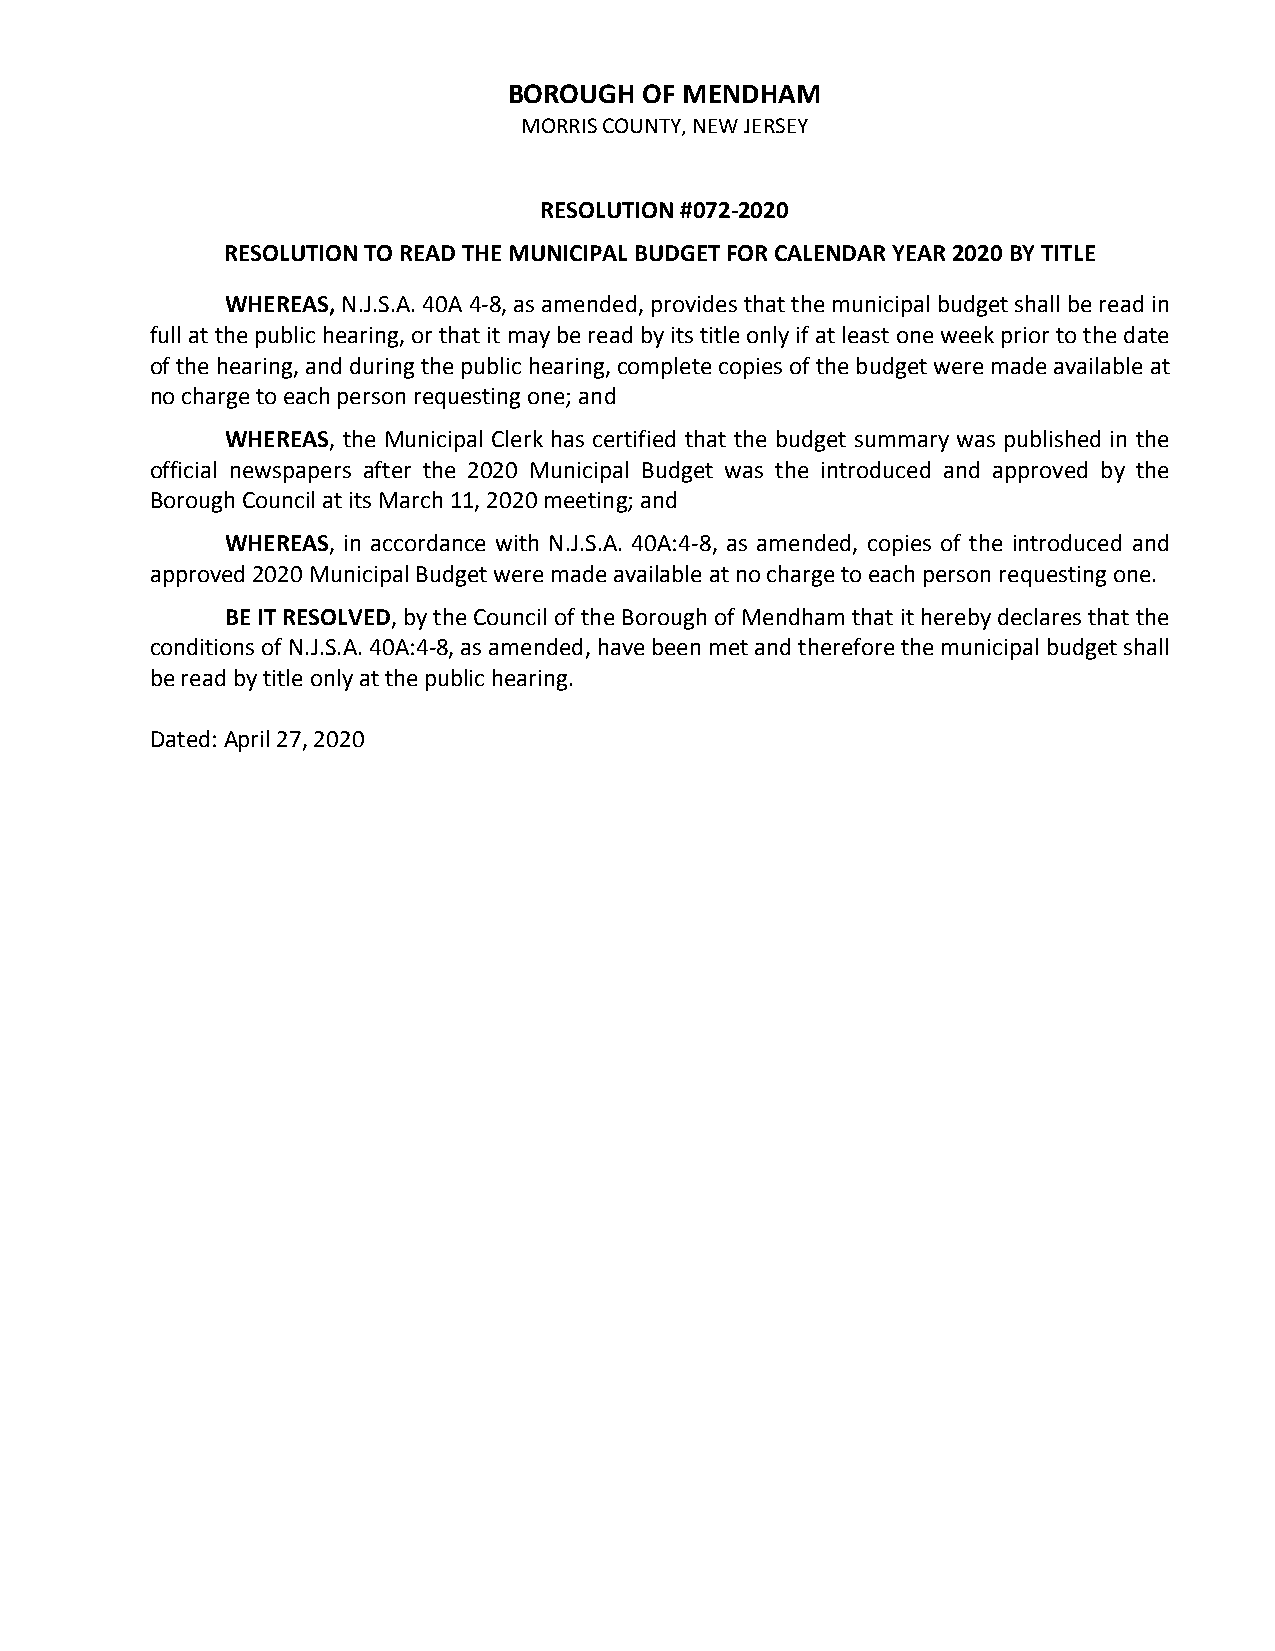
BOROUGH  OF MENDHAM
 MORRIS COUNTY, NEW JERSEY
 RESOLUTION #072-2020
 RESOLUTION TO READ THE MUNICIPAL BUDGET FOR CALENDAR YEAR 2020 BY TITLE
 WHEREAS, N.J.S.A. 40A 4-8, as amended, provides that the municipal budget shall be read in
 full at the public hearing, or that it may be read by its title only if at least one week prior to the date
 of the hearing, and during the public hearing, complete copies of the budget were made available at
 no charge to each person requesting one; and
 WHEREAS, the Municipal Clerk has certified that the budget summary was published in the
 official newspapers after the 2020 Municipal Budget was the introduced and approved by the
 Borough Council at its March 11, 2020 meeting; and
 WHEREAS, in accordance with N.J.S.A. 40A:4-8, as amended, copies of the introduced and
 approved 2020 Municipal Budget were made available at no charge to each person requesting one.
 BE IT RESOLVED, by the Council of the Borough of Mendham that it hereby declares that the
 conditions of N.J.S.A. 40A:4-8, as amended, have been met and therefore the municipal budget shall
 be read by title only at the public hearing.
 Dated: April 27, 2020